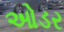
ઓડર